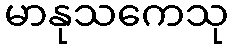
မာနုသကေသု